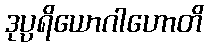
ဒုပ္ပရိယောဂါဟောတိ